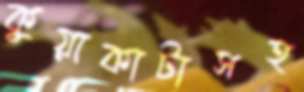
কুয়াকাটাসহ